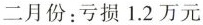
二月份：亏损 1.2 万元